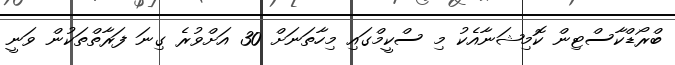
ބްރޯޑްކާސްޓިން ކޮމިޝަނާއެކު މި ސްކީމްގައި މިހާތަނަށް 30 އަށްވުރެ ގިނަ ފަރާތްތަކުން ވަނީ